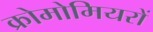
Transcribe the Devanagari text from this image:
क्रोमोमियरों